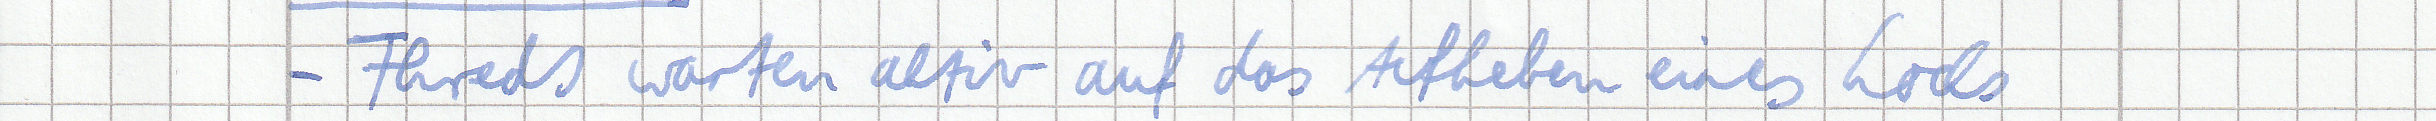
- Threds warten aktiv auf das Aufheben eines Locks